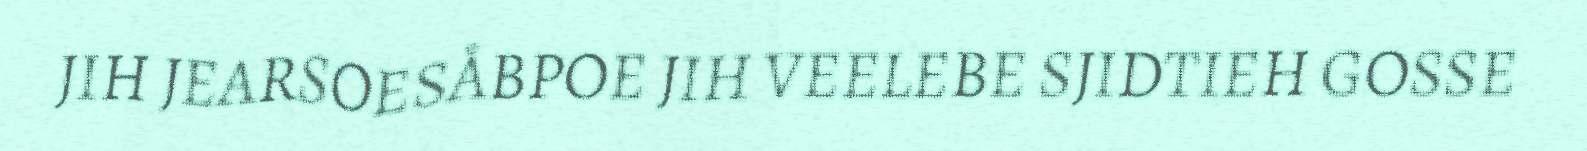
JIH JEARSOESÅBPOE JIH VEELEBE SJIDTIEH GOSSE